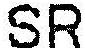
SR